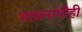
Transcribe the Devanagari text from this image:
भावनांनीही